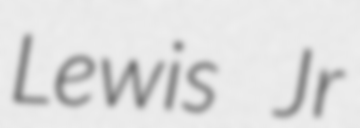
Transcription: Lewis Jr